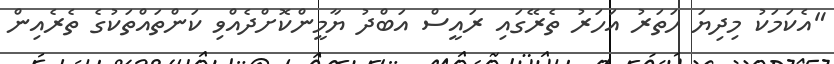
"އެކަމަކު މިދިޔަ ހަތަރު އަހަރު ތެރޭގައި ރައީސް އަބްދު ޔާމީންކޮށްދެއްވި ކަންތައްތަކުގެ ތެރެއިން